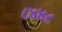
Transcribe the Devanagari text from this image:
८४४८